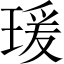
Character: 瑗